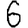
Digit: 6